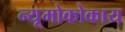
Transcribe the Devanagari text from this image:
न्यूमोकोकाय